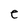
Character: e